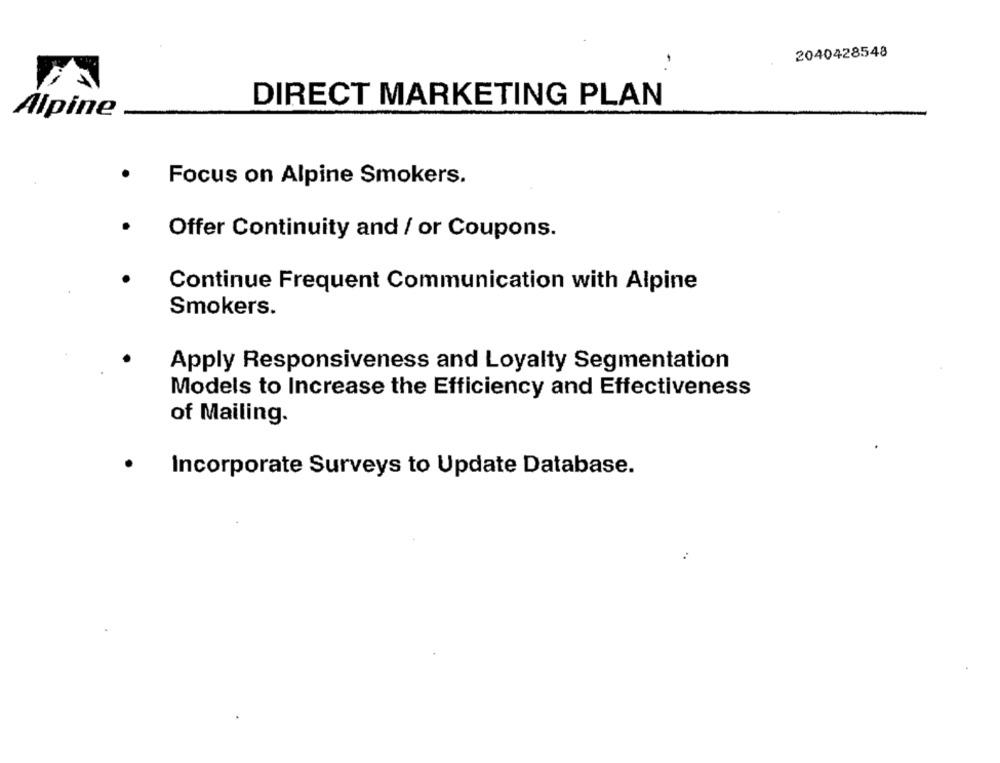
2040428548
-
DIRECT MARKETING PLAN
Alpine
Focus on Alpine Smokers.
Offer Continuity and / or Coupons.
Continue Frequent Communication with Alpine
Smokers.
Apply Responsiveness and Loyalty Segmentation
Models to Increase the Efficiency and Effectiveness
of Mailing.
Incorporate Surveys to Update Database.